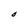
Character: O